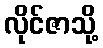
လိုင်ဇာသို့